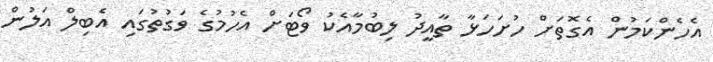
އެހެންކަމުން އެގޮތަށް ހުށަހަޅާ ތާއީދު ލިބުމާއެކު ވޯޓަށް އެހުމުގެ ވަގުތުގައި އެބިލް އަލުން